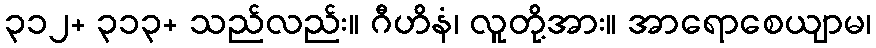
၃၁၂+ ၃၁၃+ သည်လည်း။ ဂီဟိနံ၊ လူတို့အား။ အာရောစေယျာမ၊